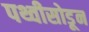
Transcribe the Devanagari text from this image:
पथ्वीसोडून